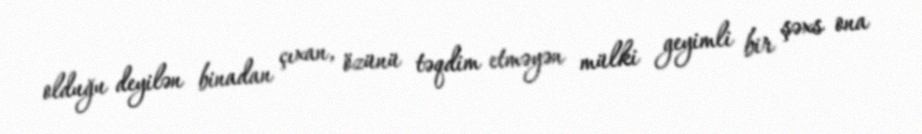
olduğu deyilən binadan çıxan, özünü təqdim etməyən mülki geyimli bir şəxs ona